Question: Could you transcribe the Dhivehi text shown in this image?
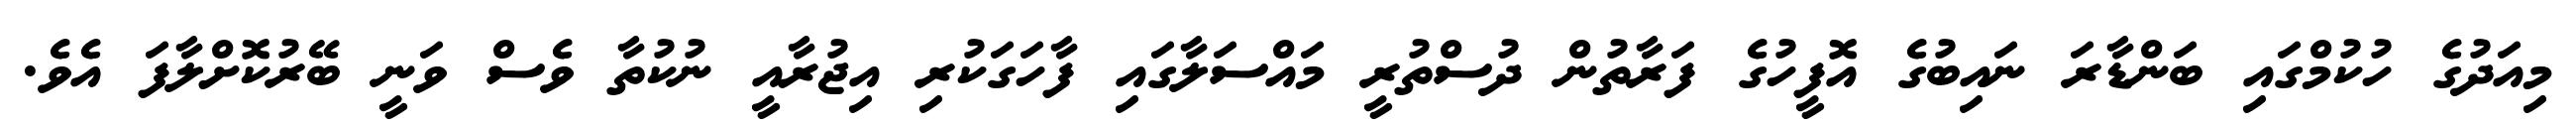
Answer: މިއަދުގެ ހުކުމްގައި ބަންޑާރަ ނައިބުގެ އޮފީހުގެ ފަރާތުން ދުސްތުރީ މައްސަލާގައި ފާހަގަކުރި އިޖުރާއީ ނުކުތާ ވެސް ވަނީ ބޭރުކޮށްލާފަ އެވެ.